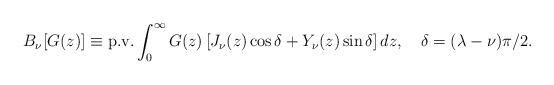
LaTeX: \begin{align*}B_{\nu }[G(z)]\equiv {\mathrm{p.v.}}\int_{0}^{\infty}{G(z)\left[ J_\nu (z)\cos \delta +Y_\nu (z)\sin \delta \right] dz}, \quad \delta =(\lambda -\nu )\pi /2 .\end{align*}